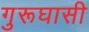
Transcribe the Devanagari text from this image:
गुरूघासी